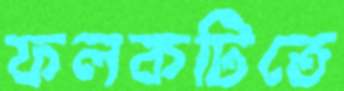
ফলকটিতে